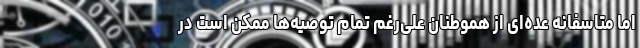
اما متاسفانه عده‌ای از هموطنان علی‌رغم تمام توصیه‌ها ممکن است در